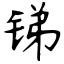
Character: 锑